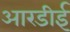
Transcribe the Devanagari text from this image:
आरडीई